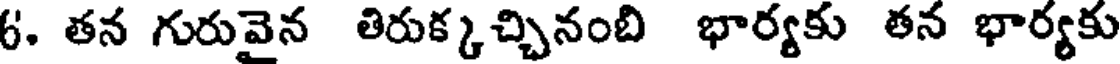
6. తన గురువైన తిరుక్కచ్చినంబి భార్యకు తన భార్యకు